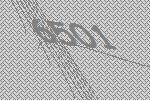
6501